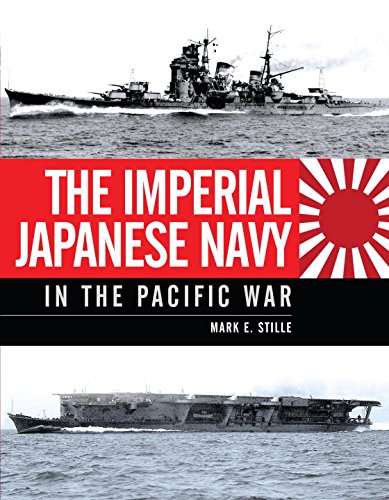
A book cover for The Imperial Japanese Navy in the Pacific War (General Military); Mark Stille; Engineering & Transportation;